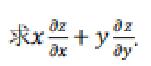
求 \(x\frac{\partial z}{\partial x}+y\frac{\partial z}{\partial y}\)